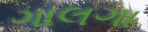
ગાલગા